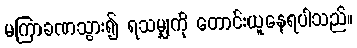
မကြာခဏသွား၍ ရသမျှကို တောင်းယူနေရပါသည်။